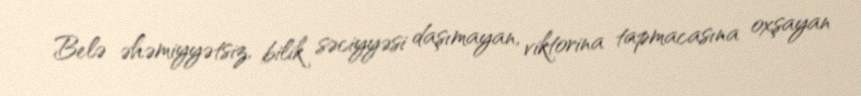
Belə əhəmiyyətsiz, bilik səciyyəsi daşımayan, viktorina tapmacasına oxşayan